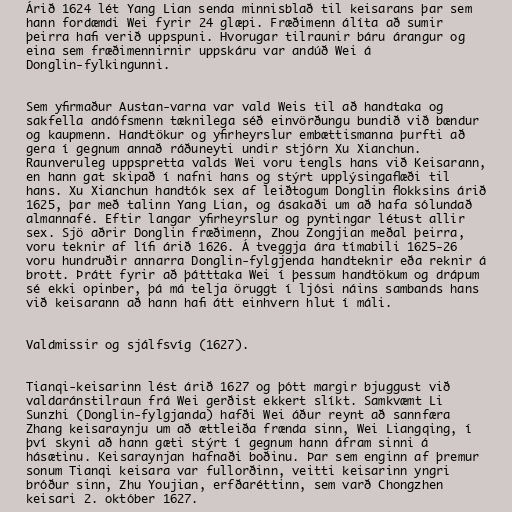
Árið 1624 lét Yang Lian senda minnisblað til keisarans þar sem
hann fordæmdi Wei fyrir 24 glæpi. Fræðimenn álíta að sumir
þeirra hafi verið uppspuni. Hvorugar tilraunir báru árangur og
eina sem fræðimennirnir uppskáru var andúð Wei á
Donglin-fylkingunni.

Sem yfirmaður Austan-varna var vald Weis til að handtaka og
sakfella andófsmenn tæknilega séð einvörðungu bundið við bændur
og kaupmenn. Handtökur og yfirheyrslur embættismanna þurfti að
gera í gegnum annað ráðuneyti undir stjórn Xu Xianchun.
Raunveruleg uppspretta valds Wei voru tengls hans við Keisarann,
en hann gat skipað í nafni hans og stýrt upplýsingaflæði til
hans. Xu Xianchun handtók sex af leiðtogum Donglin flokksins árið
1625, þar með talinn Yang Lian, og ásakaði um að hafa sólundað
almannafé. Eftir langar yfirheyrslur og pyntingar létust allir
sex. Sjö aðrir Donglin fræðimenn, Zhou Zongjian meðal þeirra,
voru teknir af lífi árið 1626. Á tveggja ára tímabili 1625-26
voru hundruðir annarra Donglin-fylgjenda handteknir eða reknir á
brott. Þrátt fyrir að þátttaka Wei í þessum handtökum og drápum
sé ekki opinber, þá má telja öruggt í ljósi náins sambands hans
við keisarann að hann hafi átt einhvern hlut í máli.

Valdmissir og sjálfsvíg (1627).

Tianqi-keisarinn lést árið 1627 og þótt margir bjuggust við
valdaránstilraun frá Wei gerðist ekkert slíkt. Samkvæmt Li
Sunzhi (Donglin-fylgjanda) hafði Wei áður reynt að sannfæra
Zhang keisaraynju um að ættleiða frænda sinn, Wei Liangqing, í
því skyni að hann gæti stýrt í gegnum hann áfram sinni á
hásætinu. Keisaraynjan hafnaði boðinu. Þar sem enginn af þremur
sonum Tianqi keisara var fullorðinn, veitti keisarinn yngri
bróður sinn, Zhu Youjian, erfðaréttinn, sem varð Chongzhen
keisari 2. október 1627.